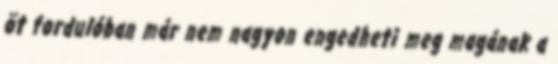
öt fordulóban már nem nagyon engedheti meg magának a